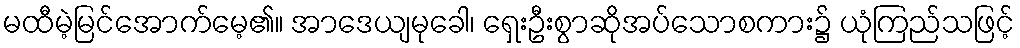
မထီမဲ့မြင်အောက်မေ့၏။ အာဒေယျမုခေါ၊ ရှေးဦးစွာဆိုအပ်သောစကား၌ ယုံကြည်သဖြင့်